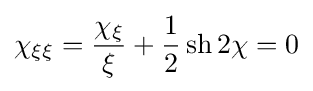
\chi _{\xi \xi }={\frac {\chi _{\xi }}{\xi }}+{\frac {1}{2}}\operatorname {sh} 2\chi =0